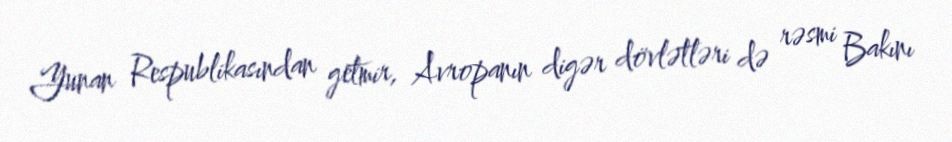
Yunan Respublikasından getmir, Avropanın digər dövlətləri də rəsmi Bakını